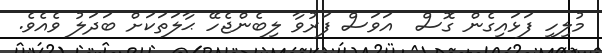
މުލިހި ފަޅައިގެން ގޮސް  އަވަސް ފަރުވާ ލިބެންޖެހޭ ޙާލަތަކަށް ބަދަލު ވެއެވެ.